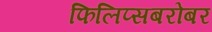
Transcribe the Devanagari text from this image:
फिलिप्सबरोबर